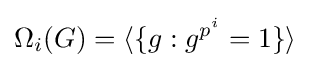
\Omega _{i}(G)=\langle \{g:g^{p^{i}}=1\}\rangle